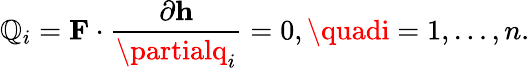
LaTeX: \mathbb{Q}_{i}=\mathbf{{F}}\cdot{\frac{{\partial\mathbf{{h}}}}{{\partialq_{i}}}}=0,\quadi=1,\ldots,n.